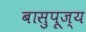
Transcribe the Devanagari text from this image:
बासुपूज्य